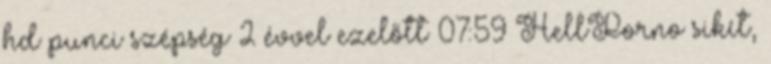
hd punci szépség 2 évvel ezelőtt 07:59 HellPorno sikít,